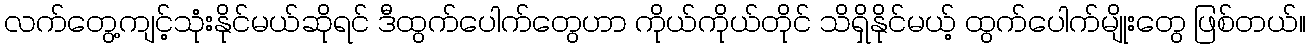
လက်တွေ့ကျင့်သုံးနိုင်မယ်ဆိုရင် ဒီထွက်ပေါက်တွေဟာ ကိုယ်ကိုယ်တိုင် သိရှိနိုင်မယ့် ထွက်ပေါက်မျိုးတွေ ဖြစ်တယ်။